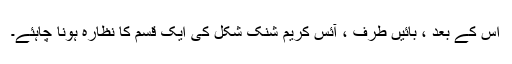
اس کے بعد ، بائیں طرف ، آئس کریم شنک شکل کی ایک قسم کا نظارہ ہونا چاہئے۔